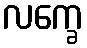
လက္ခေ